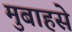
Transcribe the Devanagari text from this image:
मुबाहसे